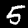
Label: 5